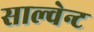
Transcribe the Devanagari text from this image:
साल्वेन्ट